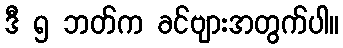
ဒီ ၅ ဘတ်က ခင်ဗျားအတွက်ပါ။